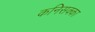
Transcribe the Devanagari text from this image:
कनिसक्का